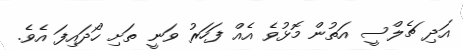
އަދި ޗެލްސީ އަތުން މޮޅުވެ އެއް ފަހަރު ވަނީ ތަށި ހޯދައިފަ އެވެ.